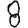
Digit: 8